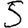
Digit: 5